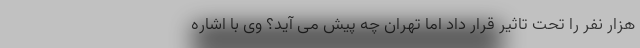
هزار نفر را تحت تاثیر قرار داد اما تهران چه پیش می آید؟ وی با اشاره